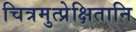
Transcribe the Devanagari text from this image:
चित्रमुत्प्रेक्षितानि